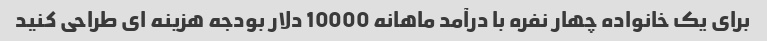
برای یک خانواده چهار نفره با درآمد ماهانه 10000 دلار بودجه هزینه ای طراحی کنید